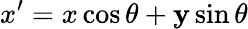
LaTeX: x^{\prime}=x\cos\theta+\mathbf{y}\sin\theta